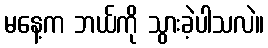
မနေ့က ဘယ်ကို သွားခဲ့ပါသလဲ။